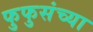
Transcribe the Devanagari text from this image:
फुफुसंच्या